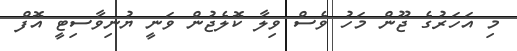
މި އަހަރުގެ ޖޫން މަހު ވެސް ވިލާ ކޮލެޖުން ވަނީ ޔުނިވާސިޓީ އޮފް